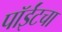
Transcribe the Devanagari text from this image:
पॉईंटचा